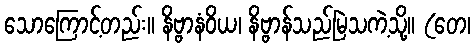
သောကြောင့်တည်း။ နိဗ္ဗာနံဝိယ၊ နိဗ္ဗာန်သည်မြဲသကဲ့သို့။ (တေ၊